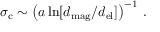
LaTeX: \sigma _ { \mathrm { c } } \sim \left( a \ln [ d _ { \mathrm { m a g } } / d _ { \mathrm { e l } } ] \right) ^ { - 1 } \, .